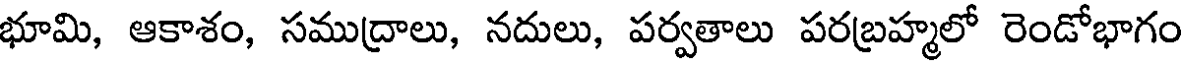
భూమి, ఆకాశం, సముద్రాలు, నదులు, పర్వతాలు పరబ్రహ్మలో రెండోభాగం